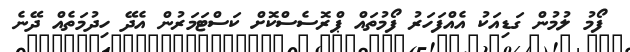
ފޯމު ލުމުން ގަޑިއަކު އެއްފަހަރު ފޯމުތައް ޕްރޮސެސްކޮށް ކަސްޓަަމަރުން އެދޭ ހިދުމަތެއް ދޭނެ